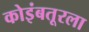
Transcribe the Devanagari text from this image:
कोइंबतूरला